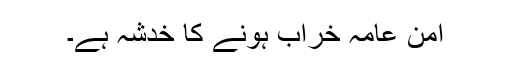
امنِ عامہ خراب ہونے کا خدشہ ہے۔